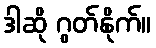
ဒါဆို ဂွတ်နိုက်။